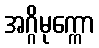
အဂ္ဂိမုက္ကော